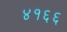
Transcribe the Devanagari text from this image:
४१६६